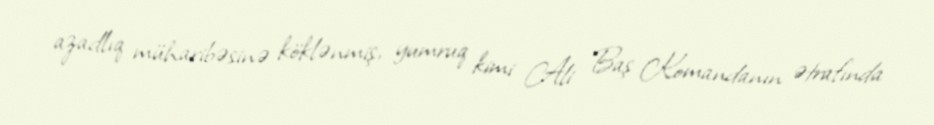
azadlıq müharibəsinə köklənmiş, yumruq kimi Ali Baş Komandanın ətrafında